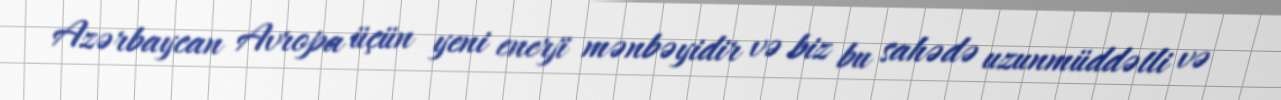
Azərbaycan Avropa üçün yeni enerji mənbəyidir və biz bu sahədə uzunmüddətli və